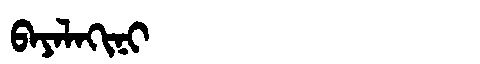
Manchu: ᠪᠠᠶᠠᠯᠠᡴᡳᠨᡳ
Romanization: BAYALAKINI